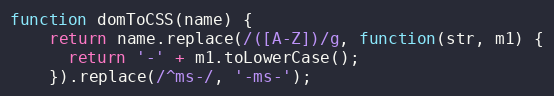
Language: JavaScript
function domToCSS(name) {
    return name.replace(/([A-Z])/g, function(str, m1) {
      return '-' + m1.toLowerCase();
    }).replace(/^ms-/, '-ms-');